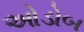
ઓડોબ